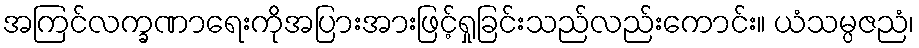
အကြင်လက္ခဏာရေးကိုအပြားအားဖြင့်ရှုခြင်းသည်လည်းကောင်း။ ယံသမ္ပဇညံ၊